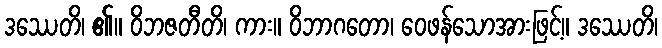
ဒဿေတိ၊ ၏။ ဝိဘဇတီတိ၊ ကား။ ဝိဘာဂတော၊ ဝေဖန်သောအားဖြင့်။ ဒဿေတိ၊